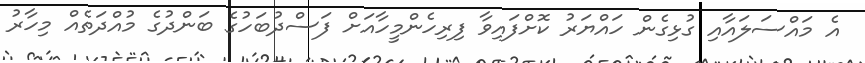
އެ މައްސަލައާއި ގުޅިގެން ހައްޔަރު ކޮށްފައިވާ ފިރިހެންމީހާއަށް ފަސްދުބަހުގެ ބަންދުގެ މުއްދަތެއް މިހާރު